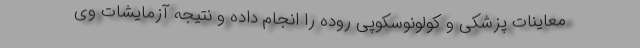
معاینات پزشکی و کولونوسکوپی روده را انجام داده و نتیجه آزمایشات وی